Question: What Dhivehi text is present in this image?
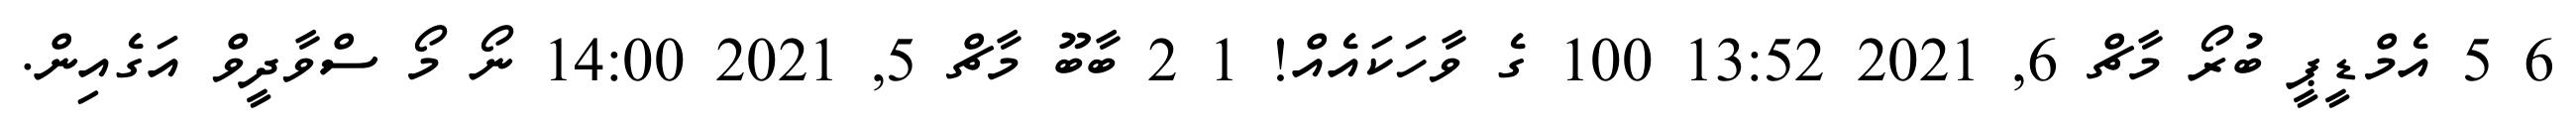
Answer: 6 5 އެމްޑީޕީ ބުރޯ މާޗް 6, 2021 13:52 100 ގެ ވާހަކައެއް! 1 2 ބާބޫ މާޗް 5, 2021 14:00 ނޯ މޯ ސްވާދީވް އަގެއިން.